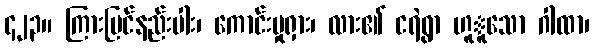
၄၂၃။ ကြားမြင်နည်းပါး၊ ကောင်းမှုရှား၊ လား၏ ငရဲရွာ ဟူူသော ဂါထာ၊